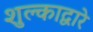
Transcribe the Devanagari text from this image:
शुल्काद्वारे